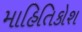
માહિતિકોશ